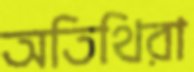
অতিথিরা